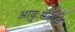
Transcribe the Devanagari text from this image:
आयुःसंक्रांत